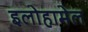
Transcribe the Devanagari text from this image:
इलोहामेल